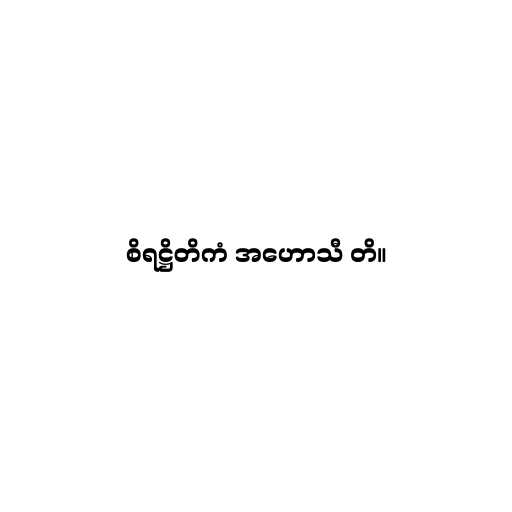
စိရဋ္ဌိတိကံ အဟောသီ တိ။